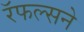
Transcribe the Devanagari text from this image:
रॅफल्सने